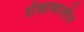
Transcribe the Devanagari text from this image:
दीक्षाकालीन